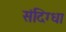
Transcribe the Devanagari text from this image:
संदिग्धा